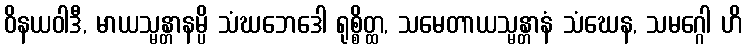
ဝိနယဝါဒီ, မာယသ္မန္တာနမ္ပိ သံဃဘေဒေါ ရုစ္စိတ္ထ, သမေတာယသ္မန္တာနံ သံဃေန, သမဂ္ဂေါ ဟိ